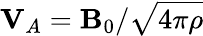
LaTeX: \textbf{V}_{A}=\textbf{B}_{0}/\sqrt{4\pi\rho}